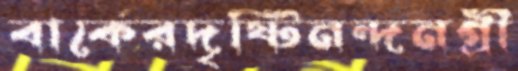
বার্কেরদৃষ্টিনন্দনগ্রী